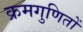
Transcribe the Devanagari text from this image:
क्रमगुणितों